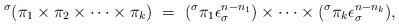
LaTeX: \begin{align*}{}^\sigma(\pi_1 \times \pi_2 \times \cdots \times \pi_k) \ = \ ({}^\sigma\pi_1 \epsilon_\sigma^{n-n_1}) \times \cdots \times ({}^\sigma\pi_k \epsilon_\sigma^{n-n_k}), \end{align*}